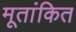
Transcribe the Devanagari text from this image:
मूतांकित